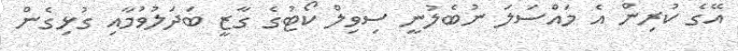
އޭގެ ކުރިން އެ މައްސަލަ ނުބެލުނީ ސިވިލް ކޯޓުގެ ގާޒީ ބަދަލުވުމާއި ގުޅިގެން